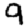
Digit: 9